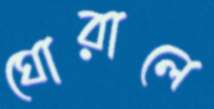
ঘোরালে